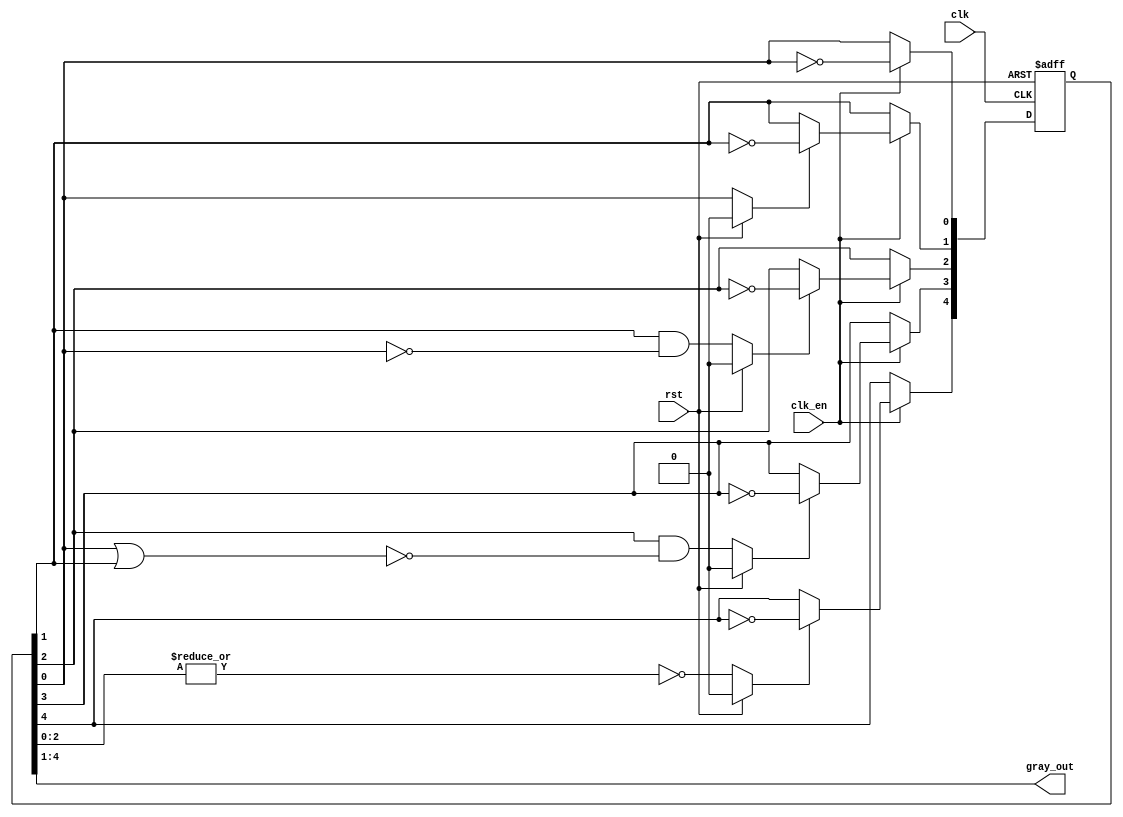
 /*
-----------------------------------------------------------------------------
-- File           : Gray_Nbits_RTL.v
-----------------------------------------------------------------------------
*/ 

module gray_Nbits (clk, clk_en, rst, gray_out);
 parameter N = 4;
 parameter SIZE =(N+1);
 parameter Zeros = {SIZE{1'b0}};
 integer i,j,k;
 // Place the definition of wires and regs here
 
 input clk, clk_en, rst;
 output wire[N - 1:0] gray_out;
 
 reg [N:0] state;
 reg [N:0] toggle;
 reg h_or;
 
 // The state of the Gray counter
 always @(posedge clk or posedge rst)
   begin
        if (rst == 1'b1)begin
           state[0] = 1'b1;
           for ( i = 1; i<SIZE; i=i+1)begin
               state[i] <= 1'b0;
           end
       end
           // Initialize state with 1000..00
       else begin
           // Main part of code
           if(clk_en)begin
               state[0] <= !state[0];
               for(j = 1; j<SIZE; j = j + 1) begin
                   if(toggle[j]==1)begin
                       state[j] <= ~state[j];
                   end
               end

               
           end
       end
   end
   
 
 
 // The combinational logic produces the toggle[N:0] signals
   always @(state) 
       begin
           if(rst) begin
               for(i = 0; i<SIZE; i = i + 1) begin
                   toggle[i] = 0;
                   h_or = 0;
               end
           end
           else begin
               toggle[0] =  1'b1;
               toggle[1] = state[0];
                
               for (i=2; i<N; i=i+1)begin
                   h_or = state[0];
                   for (k = 1; k<i-1; k=k+1)begin
                       h_or = h_or | state[k];
                   end
                   toggle[i] = state[i-1]&(~h_or);
               end
               toggle[N] = ~(|state[N-2:0]);

           end
       end

   assign gray_out=state[N:1];
    
endmodule